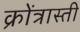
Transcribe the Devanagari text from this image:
क्रोंत्रास्ती